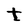
Character: t